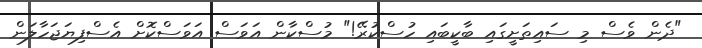
"ދެން ވެސް މި ސައިތަށީގައި ބާކީބައި ހުސްކުރޭ!" މުސްކާން އަވަސް އަވަސްކޮށް އެސްފިޔަޖަހާލަން